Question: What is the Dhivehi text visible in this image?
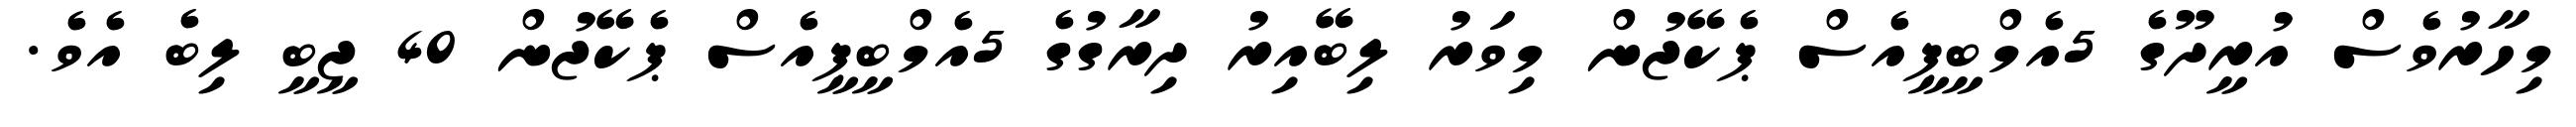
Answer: މިހާރުވެސް އުރީދޫގެ 5އެމްބީޕީއެސް ޕެކޭޖުން މިވަރު ލިބޭއިރު ދިރާގުގެ 5އެމްބީޕީއެސް ޕެކޭޖުން 40 ޖީބީ ލިބެ އެވެ.